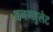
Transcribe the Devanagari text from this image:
अनग्युलेट